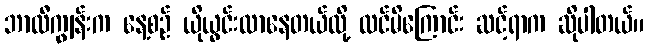
ဘာလီကျွန်းက နေ့စဉ် ယိုယွင်းလာနေတယ်လို့ ထင်မိကြောင်း ဆင့်ရာက ဆိုပါတယ်။